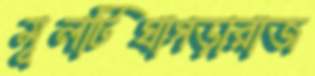
মূলটিঘাগড়ারাজ